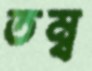
তম্ব